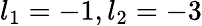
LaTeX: l_{1}=-1,l_{2}=-3